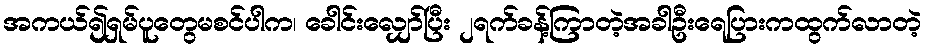
အကယ်၍ရှမ်ပူတွေမစင်ပါက၊ ခေါင်းလျှော်ပြီး ၂ရက်ခန့်ကြာတဲ့အခါဦးရေပြားကထွက်လာတဲ့